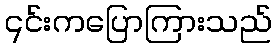
၎င်းကပြောကြားသည်